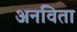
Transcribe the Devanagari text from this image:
अनविता